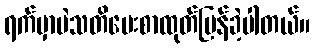
ရက်မှာပဲသတိပေးစာထုတ်ပြန်ခဲ့ပါတယ်။